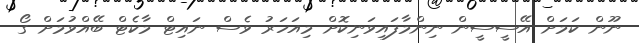
ނޫން ކަމަށް އޭސީސީން ނިންމާފައިވަނިކޮށް މިއަހަރު ވެސް ނައިޓް މާކެޓް ބޭއްވުމަށް ގޯ